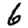
Digit: 9